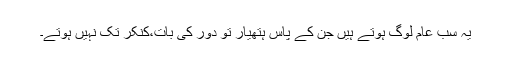
یہ سب عام لوگ ہوتے ہیں جن کے پاس ہتھیار تو دور کی بات،کنکر تک نہیں ہوتے۔